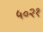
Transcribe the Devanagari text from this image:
५०२१